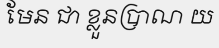
មែន ជា ខ្លួនប្រាណ យ